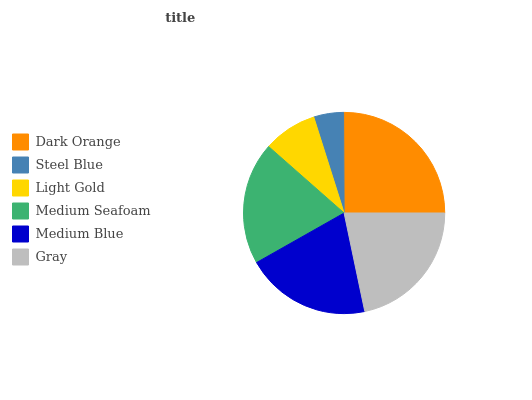
| Dark Orange | Steel Blue | Light Gold | Medium Seafoam | Medium Blue | Gray |
 | --- | --- | --- | --- | --- | --- |
 | 25.1% | 4.79% | 8.64% | 19.7% | 20.1% | 21.6% |